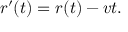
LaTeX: r ^ { \prime } ( t ) = r ( t ) - v t .